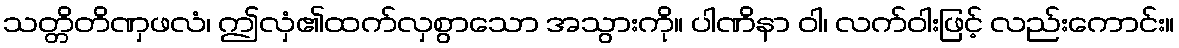
သတ္တိတိဏှဖလံ၊ ဤလှံ၏ထက်လှစွာသော အသွားကို။ ပါဏိနာ ဝါ၊ လက်ဝါးဖြင့် လည်းကောင်း။